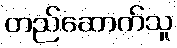
တည်ဆောက်သူ